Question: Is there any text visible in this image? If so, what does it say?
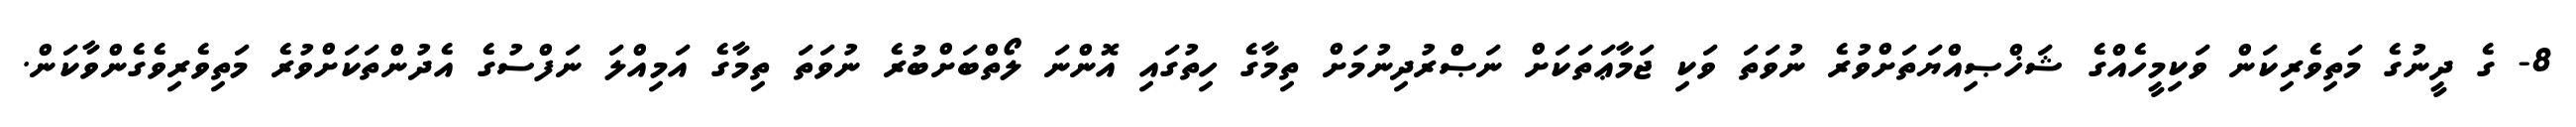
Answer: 8- ގެ ދީނުގެ މަތިވެރިކަން ވަކިމީހެއްގެ ޝަޚްޞިއްޔަތަށްވުރެ ނުވަތަ ވަކި ޖަމާޢަތަކަށް ނަޞްރުދިނުމަށް ތިމާގެ ހިތުގައި އޮންނަ ލޯތްބަށްބުރެ ނުވަތަ ތިމާގެ އަމިއްލަ ނަފްސުގެ އެދުންތަކަށްވުރެ މަތިވެރިވެގެންވާކަން.